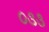
૦૩૩